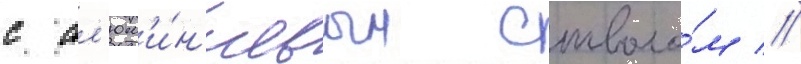
с ал'юм'и́н'иевым стволо́м //